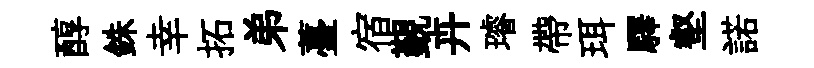
醇銖幸拓弟薹宿覲卉璿帶珥驛壑諾